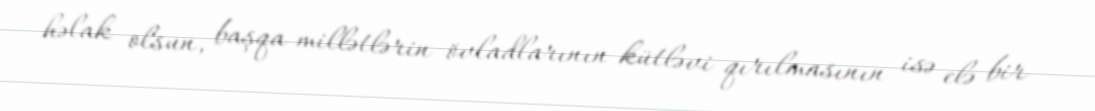
həlak olsun, başqa millətlərin övladlarının kütləvi qırılmasının isə elə bir